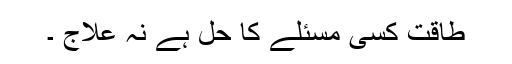
طاقت کسی مسئلے کا حل ہے نہ علاج ۔